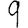
Digit: 9